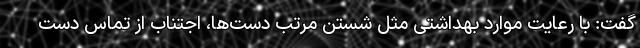
گفت: با رعایت موارد بهداشتی مثل شستن مرتب دست‌ها، اجتناب از تماس دست